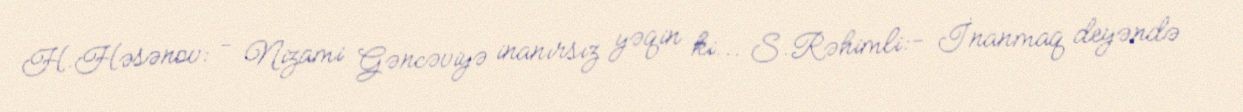
H.Həsənov: - Nizami Gəncəviyə inanırsız yəqin ki... S.Rəhimli:- İnanmaq deyəndə